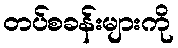
တပ်စခန်းများကို